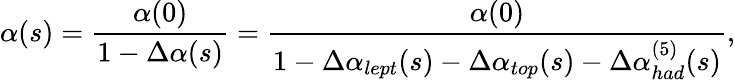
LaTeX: \alpha(s)=\frac{\alpha(0)}{1-\Delta\alpha(s)}=\frac{\alpha(0)}{1-\Delta\alpha_{lept}(s)-\Delta\alpha_{top}(s)-\Delta\alpha_{had}^{(5)}(s)},